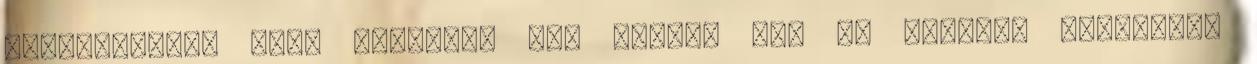
szerkeszteni hogy készitek egy linket ami az oldalam menüjében